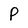
Character: P